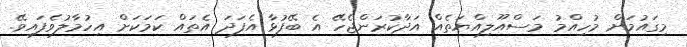
މިގައުމަށް މުހިއްމު މަސްއޫލިއްޔަތެއް އަދާކުރަންޖެހޭ އެ ބޭފުޅާ އެފަދަ އެތައް ކަމަކަށް އިހުމާލުވެފައިވޭ.